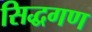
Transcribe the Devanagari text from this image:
सिद्धगण